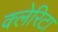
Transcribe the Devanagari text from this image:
क्लेरिटा